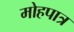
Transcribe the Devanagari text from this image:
मोहपात्र